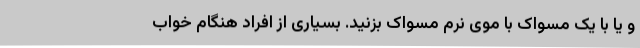
و یا با یک مسواک با موی نرم مسواک بزنید. بسیاری از افراد هنگام خواب